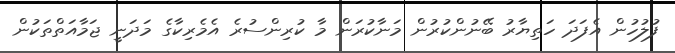
ފުލުހުން އެފަދަ ހަތިޔާރު ބޭނުންކުރުން މަނާކުރަން މާ ކުރިންސުރެ އެމެރިކާގެ މަދަނީ ޖަމާއަތްތަކުން